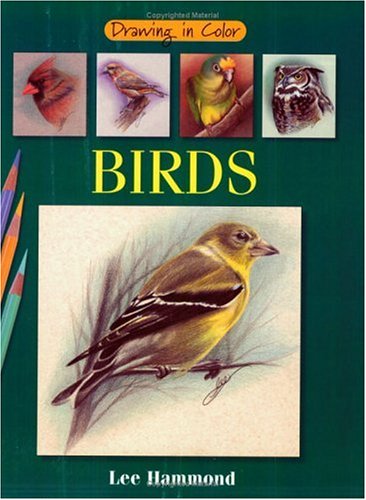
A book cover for Birds (Drawing in Color); Lee Hammond; Arts & Photography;